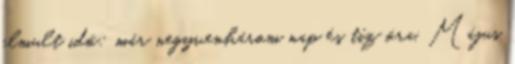
elmult idő: már negyvenhárom nap és tíz óra. Május